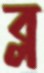
ব্ল